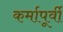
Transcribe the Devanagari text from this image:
कर्मापूर्वी